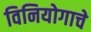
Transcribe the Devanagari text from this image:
विनियोगाचे